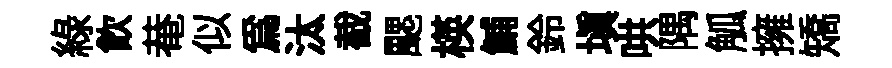
綠飮𤲅似爲汰截颸楧鯆鈴塡哄隅觚擁矯